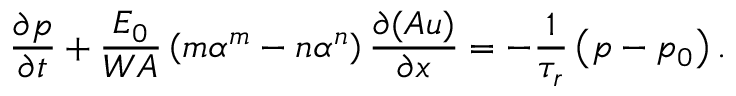
\frac { \partial p } { \partial t } + \frac { E _ { 0 } } { W A } \left( m \alpha ^ { m } - n \alpha ^ { n } \right) \frac { \partial ( A u ) } { \partial x } = - \frac { 1 } { \tau _ { r } } \left( p - p _ { 0 } \right) .